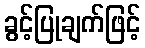
ခွင့်ပြုချက်ဖြင့်